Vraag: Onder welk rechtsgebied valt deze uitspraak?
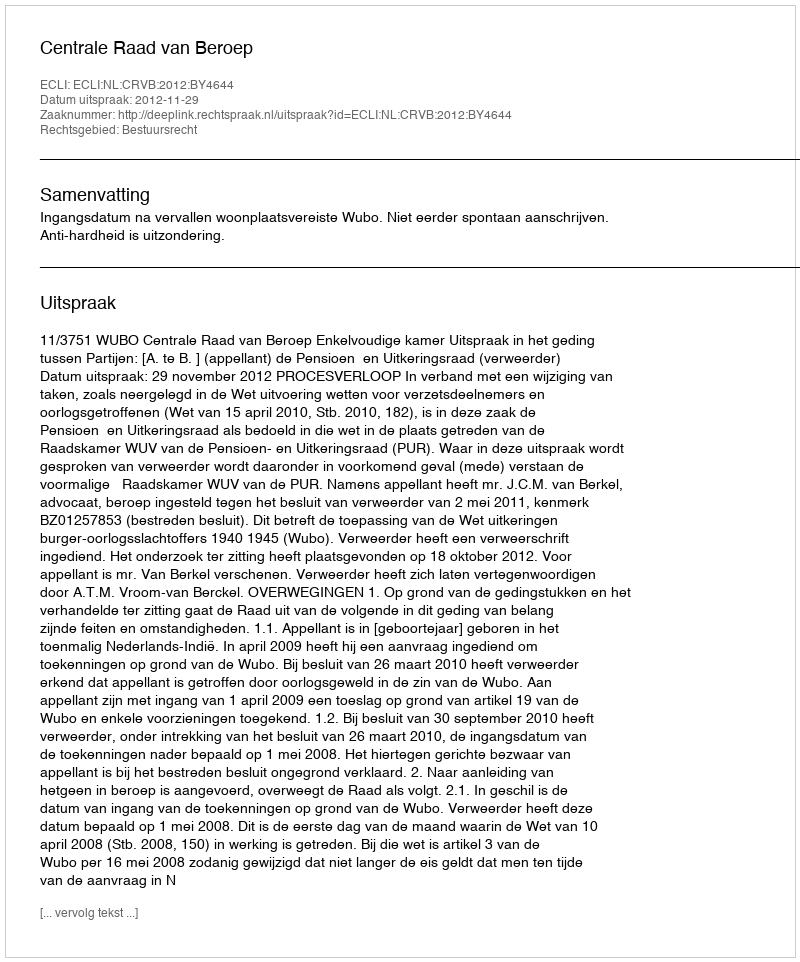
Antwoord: Bestuursrecht